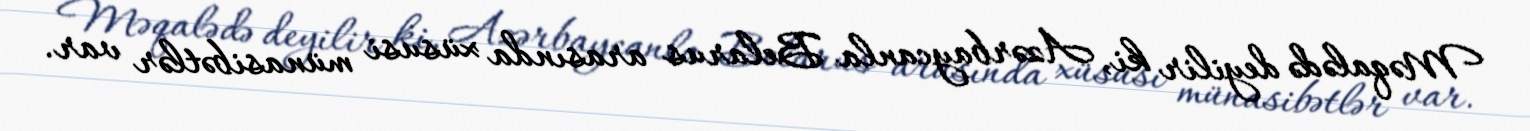
Məqalədə deyilir ki, Azərbaycanla Belarus arasında xüsusi münasibətlər var.